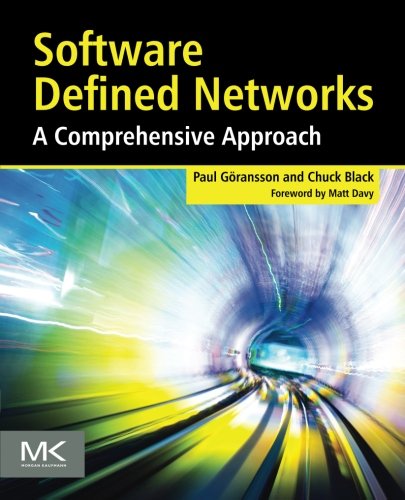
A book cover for Software Defined Networks: A Comprehensive Approach; Paul Goransson; Engineering & Transportation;